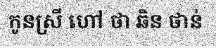
កូនស្រី ហៅ ថា ឆិន ថាន់